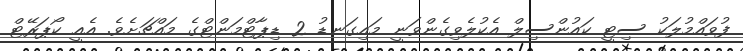
ފުވައްމުލަކު ސިޓީ ކައުންސިލް އެކުލެވިގެންވަނީ މައިގަނޑު 2 ޑިޕާޓްމަންޓްގެ މައްޗަށެވެ. އެއީ ކޯޕަރޭޓް